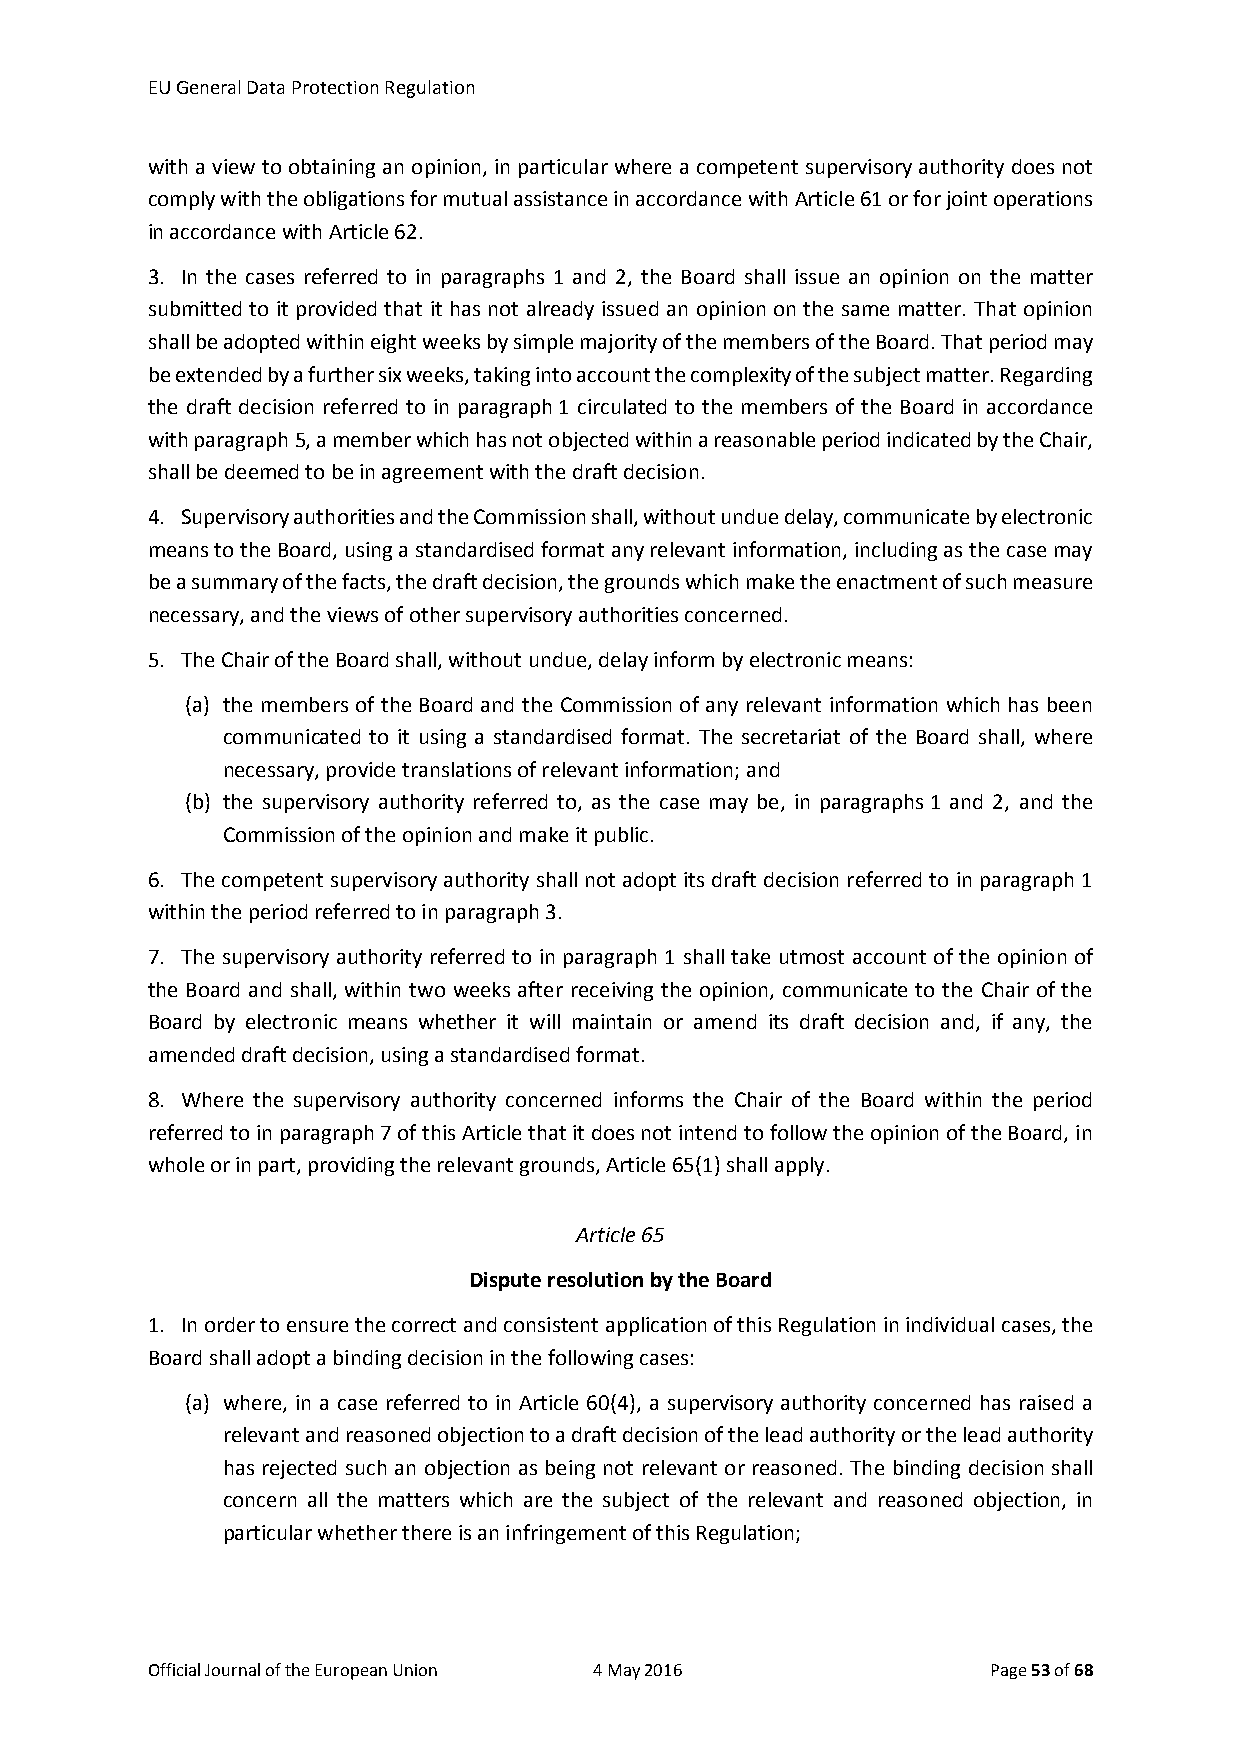
EU General Data Protection Regulation
 with a view to obtaining an opinion, in particular where a competent supervisory authority does not
 comply with the obligations for mutual assistance in accordance with Article 61 or for joint operations
 in accordance with Article 62.
 3. In the cases referred to in paragraphs 1 and 2, the Board shall issue an opinion on the matter
 submitted to it provided that it has not already issued an opinion on the same matter. That opinion
 shall be adopted within eight weeks by simple majority of the members of the Board. That period may
 be extended by a further six weeks, taking into account the complexity of the subject matter. Regarding
 the draft decision referred to in paragraph 1 circulated to the members of the Board in accordance
 with paragraph 5, a member which has not objected within a reasonable period indicated by the Chair,
 shall be deemed to be in agreement with the draft decision.
 4. Supervisory authorities and the Commission shall, without undue delay, communicate by electronic
 means to the Board, using a standardised format any relevant information, including as the case may
 be a summary of the facts, the draft decision, the grounds which make the enactment of such measure
 necessary, and the views of other supervisory authorities concerned.
 5. The Chair of the Board shall, without undue, delay inform by electronic means:
 (a) the members of the Board and the Commission of any relevant information which has been
 communicated to it using a standardised format. The secretariat of the Board shall, where
 necessary, provide translations of relevant information; and
 (b) the supervisory authority referred to, as the case may be, in paragraphs 1 and 2, and the
 Commission of the opinion and make it public.
 6. The competent supervisory authority shall not adopt its draft decision referred to in paragraph 1
 within the period referred to in paragraph 3.
 7. The supervisory authority referred to in paragraph 1 shall take utmost account of the opinion of
 the Board and shall, within two weeks after receiving the opinion, communicate to the Chair of the
 Board by electronic means whether it will maintain or amend its draft decision and, if any, the
 amended draft decision, using a standardised format.
 8. Where the supervisory authority concerned informs the Chair of the Board within the period
 referred to in paragraph 7 of this Article that it does not intend to follow the opinion of the Board, in
 whole or in part, providing the relevant grounds, Article 65(1) shall apply.
 Article 65
 Dispute resolution by the Board
 1. In order to ensure the correct and consistent application of this Regulation in individual cases, the
 Board shall adopt a binding decision in the following cases:
 (a) where, in a case referred to in Article 60(4), a supervisory authority concerned has raised a
 relevant and reasoned objection to a draft decision of the lead authority or the lead authority
 has rejected such an objection as being not relevant or reasoned. The binding decision shall
 concern all the matters which are the subject of the relevant and reasoned objection, in
 particular whether there is an infringement of this Regulation;
 Official Journal of the European Union 4 May 2016       Page 53 of 68